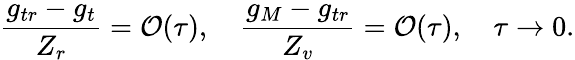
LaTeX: \frac{g_{tr}-g_{t}}{Z_{r}}=\mathcal{O}(\tau),\quad\frac{g_{M}-g_{tr}}{Z_{v}}=\mathcal{O}(\tau),\quad\tau\to 0.